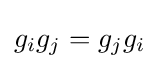
g_{i}g_{j}=g_{j}g_{i}